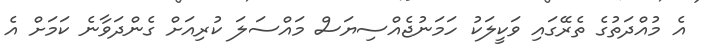
އެ މުއްދަތުގެ ތެރޭގައި ވަކީލަކު ހަމަނުޖެއްސިޔަސް މައްސަލަ ކުރިއަށް ގެންދަވާނެ ކަމަށް އެ